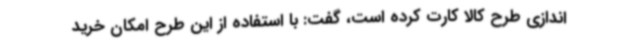
‌اندازی طرح کالا کارت کرده است، گفت: با استفاده از این طرح امکان خرید